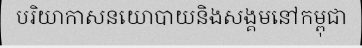
បរិយាកាសនយោបាយនិងសង្គមនៅកម្ពុជា